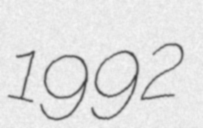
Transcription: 1992